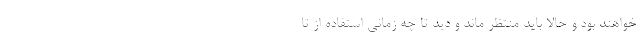
خواهند بود و حالا باید منتظر ماند و دید تا چه زمانی استفاده از تا